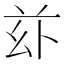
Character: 𠧦